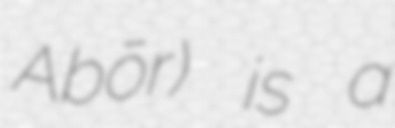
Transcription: ʿAḵbōr) is a